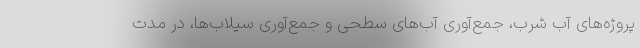
پروژه‌های آب شرب، جمع‌آوری آب‌های سطحی و جمع‌آوری سیلاب‌ها، در مدت